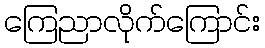
ကြေညာလိုက်ကြောင်း